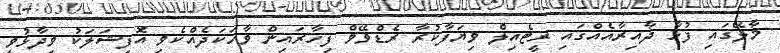
މާލޭގައި ފުޅާ ދާއިރާއެއްގައި ރީޓެއިލް ވިޔަފާކުރާ ރެޑްވޭވް ފިހާރައިން ވާހަކަދެއްކެވި އޮފިޝަލަކު ވިދާޅުވީ